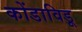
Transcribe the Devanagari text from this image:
कोंडाविडू